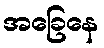
အခြေနေ